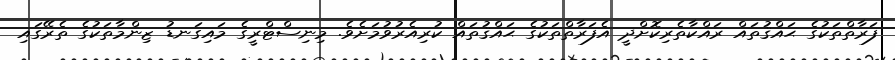
ފަރާތްތަކުގެ ޙައްޤުތައް ރައްކާތެރިކޮށްދީ އެފަރާތްތަކުގެ ޙައްޤުތައް ކުރިއެރުވުމަށެވެ. މިނިސްޓްރީގެ މައިގަނޑު ޒިންމާތަކުގެ ތެރޭގައި